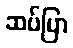
ဆပ်ပြာ